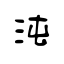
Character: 沌